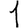
Digit: 1